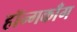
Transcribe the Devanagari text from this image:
हॉन्गकाँग